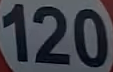
120